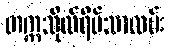
တက္ကသိုလ်ရိပ်သာလမ်း